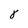
Character: 8